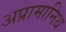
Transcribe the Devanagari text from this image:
अप्रामानिथ